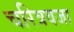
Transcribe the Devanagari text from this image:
चरित्रवजा